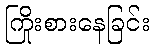
ကြိုးစားနေခြင်း